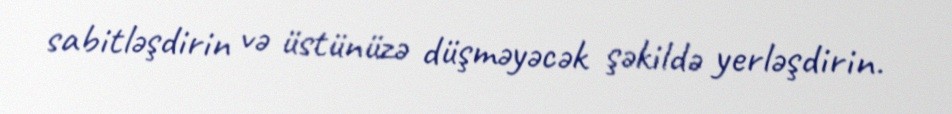
sabitləşdirin və üstünüzə düşməyəcək şəkildə yerləşdirin.